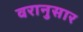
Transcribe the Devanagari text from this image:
वरानुसार